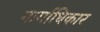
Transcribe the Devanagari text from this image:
मार्गाधिकार